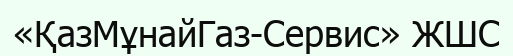
«ҚазМұнайГаз-Сервис» ЖШС